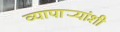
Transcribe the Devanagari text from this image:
व्यापार्‍यांशी